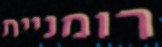
רומניית